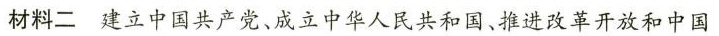
材料二建立中国共产党、成立中华人民共和国、推进改革开放和中国